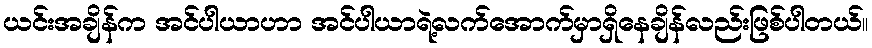
ယင်းအချိန်က အင်ပါယာဟာ အင်ပါယာရဲ့လက်အောက်မှာရှိနေချိန်လည်းဖြစ်ပါတယ်။